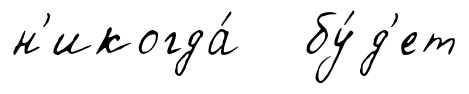
н'икогда́ бу́д'ет